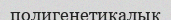
полигенетикалық